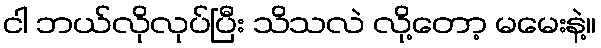
ငါ ဘယ်လိုလုပ်ပြီး သိသလဲ လို့တော့ မမေးနဲ့။